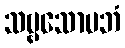
သဗ္ဗသောပဘံ